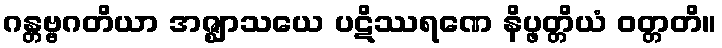
ဂန္တဗ္ဗဂတိယာ အဇ္ဈာသယေ ပဋိဿရဏေ နိပ္ဖတ္တိယံ ဝတ္တတိ။